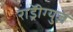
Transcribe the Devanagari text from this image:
राॅड्रीग्युज़